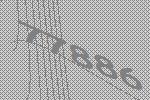
77886